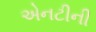
એનટીની